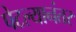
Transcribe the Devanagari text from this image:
पेटल्यानंतर